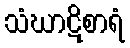
သံဃာဋိစာရံ